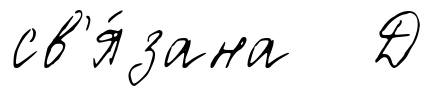
св'я́зана Д